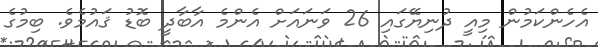
އެހެންކަމުން މިއީ ދުނިޔޭގައި 26 ވަނައަށް އެންމެ އާބާދީ ބޮޑު ޤައުމެވެ. ބިމުގެ